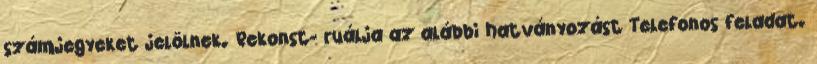
számjegyeket jelölnek. Rekonst- ruálja az alábbi hatványozást Telefonos feladat.